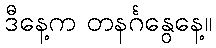
ဒီနေ့က တနင်္ဂနွေနေ့။